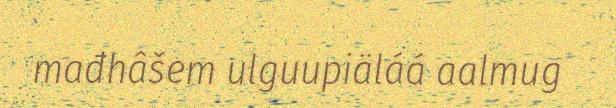
mađhâšem ulguupiäláá aalmug